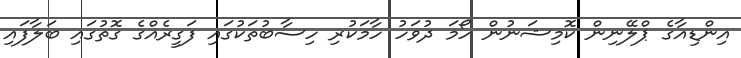
އިންޑިއާގެ ޕްލޭނިން ކޮމިޝަނުން ހޯމަ ދުވަހު ހާމަކުރި ހިސާބުތަކުގައި ފަގީރެއްގެ ގޮތުގައި ބަލާފައި